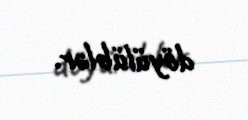
döyülüblər.